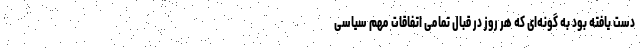
دست یافته بود به گونه‌ای که هر روز در قبال تمامی اتفاقات مهم سیاسی